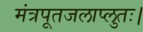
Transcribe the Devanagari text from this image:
मंत्रपूतजलाप्लुतः।